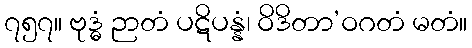
၇၅၇။ ဗုဒ္ဓံ ဉာတံ ပဋိပန္နံ၊ ဝိဒိတာ’ဝဂတံ မတံ။